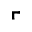
\ulcorner